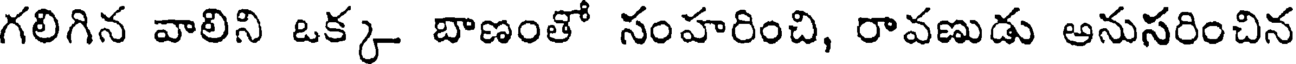
గలిగిన వాలిని ఒక్క బాణంతో సంహరించి, రావణుడు అనుసరించిన